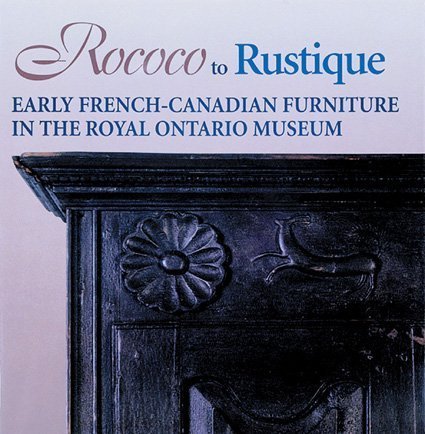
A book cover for Rococo to Rustique: Early French-Canadian Furniture in the Royal Ontario Museum; Donald Webster; Crafts, Hobbies & Home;